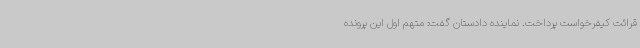
قرائت کیفرخواست پرداخت. نماینده دادستان گفت: متهم اول این پرونده